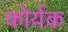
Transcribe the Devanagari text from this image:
कोर्यक